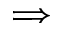
\Longrightarrow